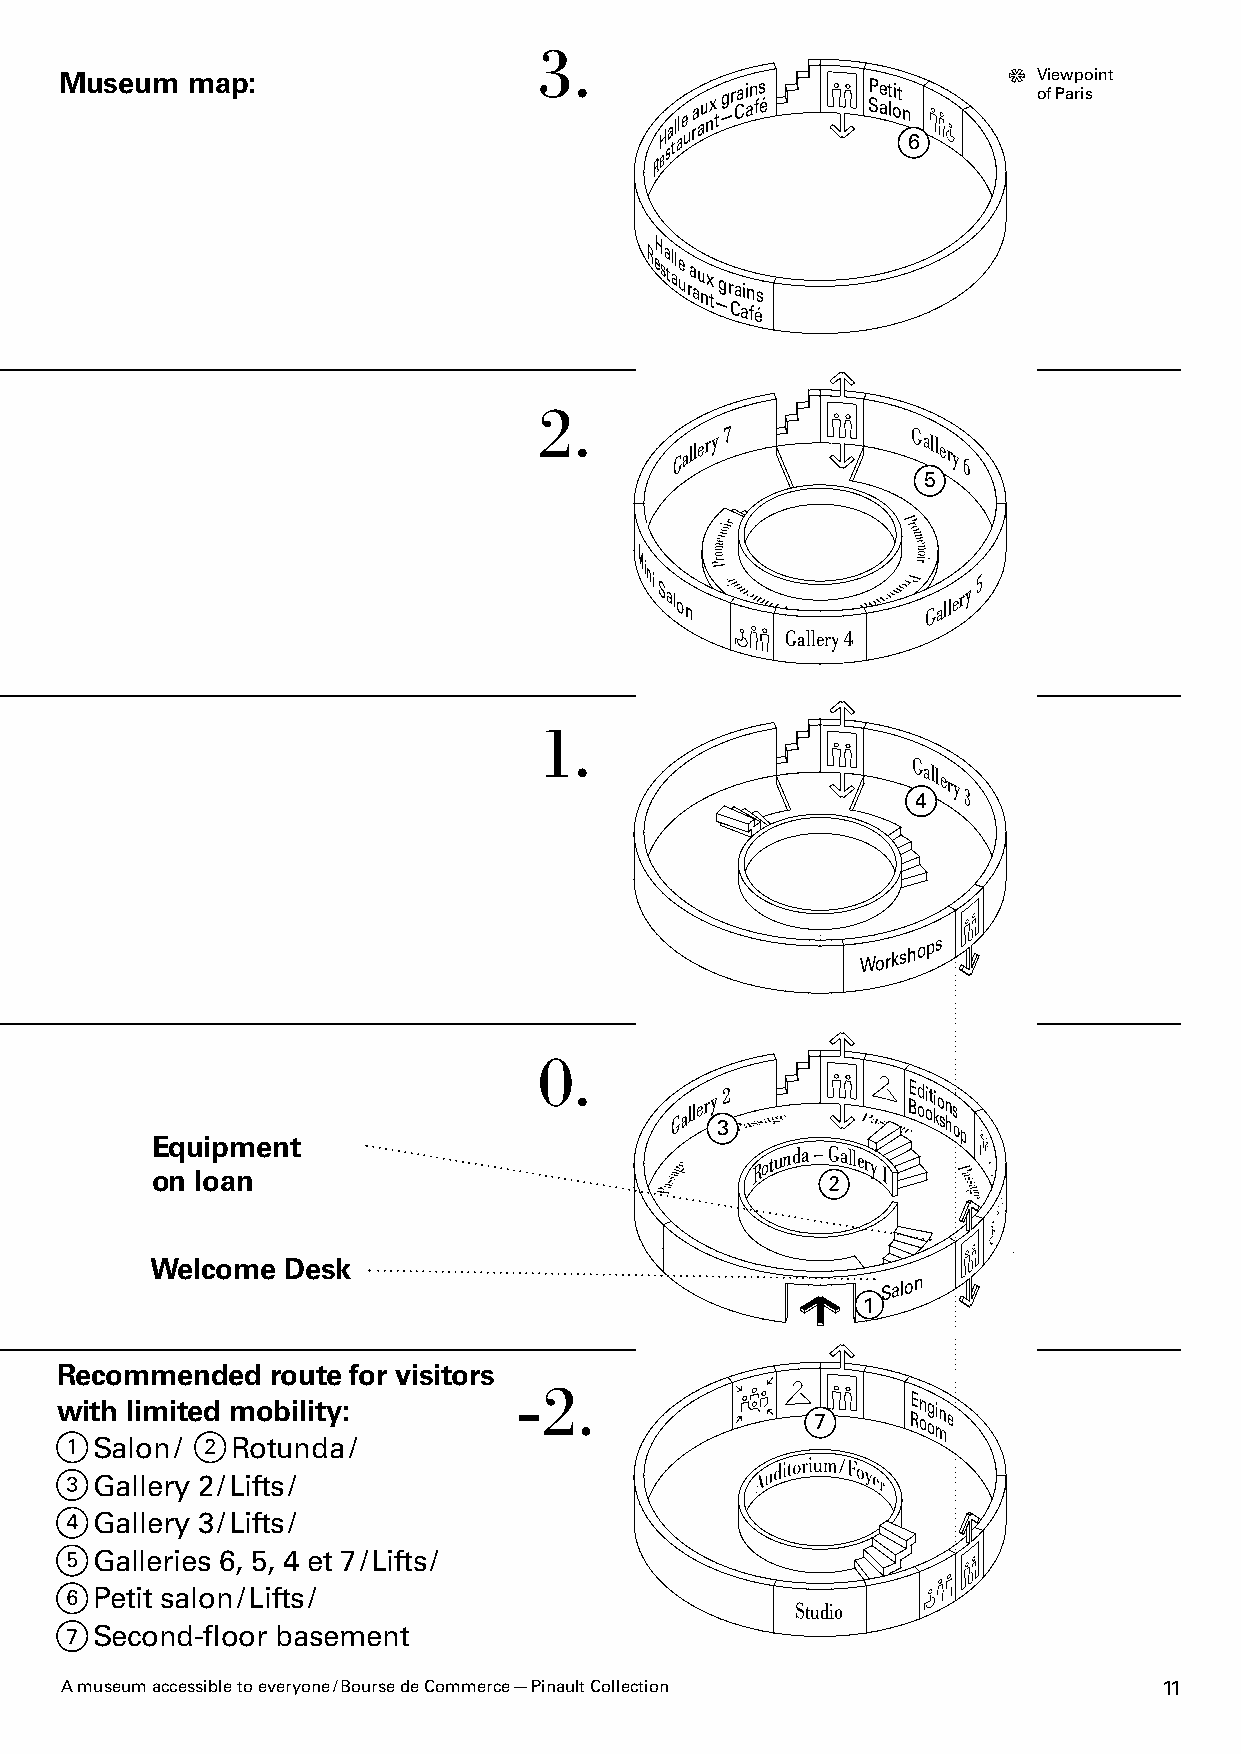
3.
 Museum  map:                                                     Viewpoint
 eH sa tl ale u ra au n x t —gr Cai an fs é SPe at loit n
 6
 of Paris
 R
 R eH sa talle
 u ra au nx t —gr Ca ain fés
 2.
 Gallery 7       Gallery
 6
 5
 Mi
 ni                    5
 Salon            Gallery
 Gallery 4
 1.
 Gallery
 4  3
 Workshops
 0.
 Equipment
 Gallery
 3
 2           BE od oit kio
 sn hs
 op
 Rotunda – Gallery
 on loan                                         1
 Welcome  Desk
 Salon
 1
 Recommended   route for visitors
 -2.
 with limited mobility:
 7
 REn og oine
 m
 Salon /  Rotunda /
 Gallery 2 / Lifts /
 Gallery 3 / Lifts /
 Galleries 6, 5, 4 et 7 / Lifts /
 Petit salon / Lifts /
 Studio
 Second-floor basement
 A museum accessible to everyone / Bourse de Commerce — Pinault Collection 11